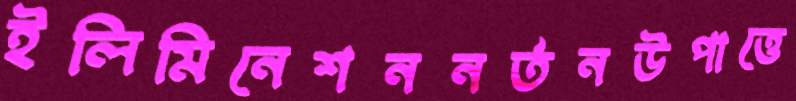
ইলিমিনেশননর্তনউপাত্তে